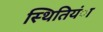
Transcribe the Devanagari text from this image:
स्थितियंा